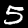
Digit: 5